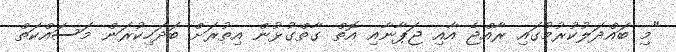
"މި ބައްދަލުކުރުމުގައި ރާއްޖެ އާއި ޖަޕާނާއި އޮތް ގާތްގުޅުން އިތުރަށް ބަދަހިކުރަން މަސައްކަތް